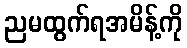
ညမထွက်ရအမိန့်ကို